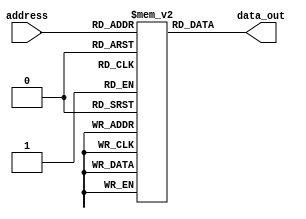
module fuse_rom (
    input wire [7:0] address,
    output reg [7:0] data_out
);

reg [7:0] memory [0:255];

initial begin
    // Initialize memory with binary values using programmed fuses
    memory[0] = 8'b00000000;
    memory[1] = 8'b00000001;
    // Add more memory initialization here as needed
end

always @ (address) begin
    // Address decoder to select the desired memory location
    data_out = memory[address];
end

endmodule